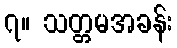
၇။ သတ္တမအခန်း